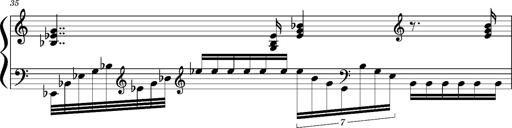
Title: Concerto sans orchestre, S.524a
Composer: Franz Liszt
Key: A major